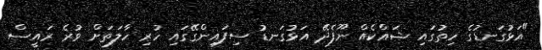
"އަޅުގަނޑުގެ ހިތުގައި ޝައްކެއް ނޫފެދޭ އަޅުގަނޑު ސިފައިންގޭގައި ހުރި ހާލަތަށް ވުރެ ރައީސް